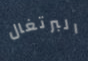
البرتغال